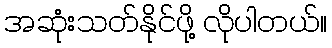
အဆုံးသတ်နိုင်ဖို့ လိုပါတယ်။